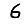
Digit: 6